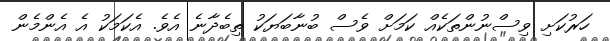
ހަރުކަށި ވިސްނުންތަކެއް ކަމަށް ވެސް ބުނާބަޔަކު ތިބެދާނެ އެވެ. އެކަމަކު އެ އެންމެން